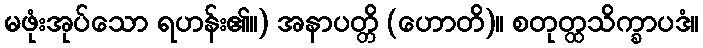
မဖုံးအုပ်သော ရဟန်း၏။) အနာပတ္တိ (ဟောတိ)။ စတုတ္ထသိက္ခာပဒံ။